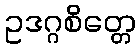
ဥဒဂ္ဂစိတ္တေ